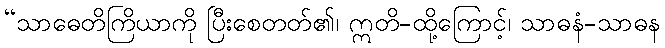
“သာဓေတိကြိယာကို ပြီးစေတတ်၏၊ ဣတိ-ထို့ကြောင့်၊ သာဓနံ-သာဓန